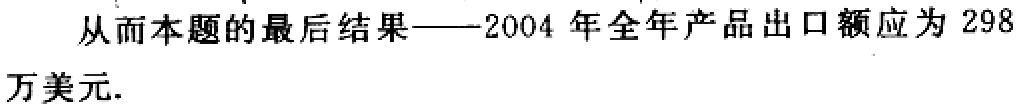
从而本题的最后结果——2004 年全年产品出口额应为 298万美元.